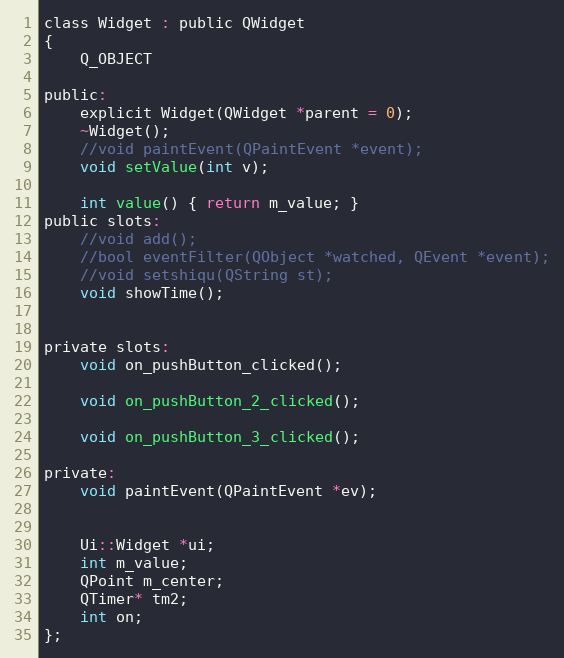
Language: C
class Widget : public QWidget
{
    Q_OBJECT

public:
    explicit Widget(QWidget *parent = 0);
    ~Widget();
    //void paintEvent(QPaintEvent *event);
    void setValue(int v);

    int value() { return m_value; }
public slots:
    //void add();
    //bool eventFilter(QObject *watched, QEvent *event);
    //void setshiqu(QString st);
    void showTime();

private slots:
    void on_pushButton_clicked();

    void on_pushButton_2_clicked();

    void on_pushButton_3_clicked();

private:
    void paintEvent(QPaintEvent *ev);

    Ui::Widget *ui;
    int m_value;
    QPoint m_center;
    QTimer* tm2;
    int on;
};